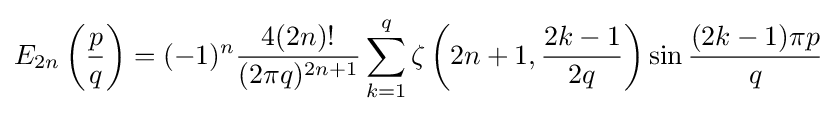
E_{2n}\left({\frac {p}{q}}\right)=(-1)^{n}{\frac {4(2n)!}{(2\pi q)^{2n+1}}}\sum _{k=1}^{q}\zeta \left(2n+1,{\frac {2k-1}{2q}}\right)\sin {\frac {(2k-1)\pi p}{q}}